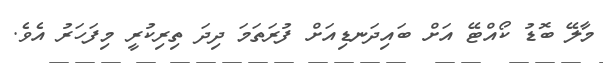
މާލޭ ބޮޑު ކޯއްޓޭ އަށް ބައިދަނޑިއަށް ފުރަތަމަ ދިދަ ތިރިކުރީ މިފަހަރު އެވެ.